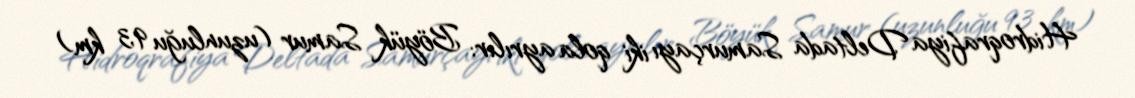
Hidroqrafiya Deltada Samurçayı iki qola ayrılır: Böyük Samur (uzunluğu 9,3 km)